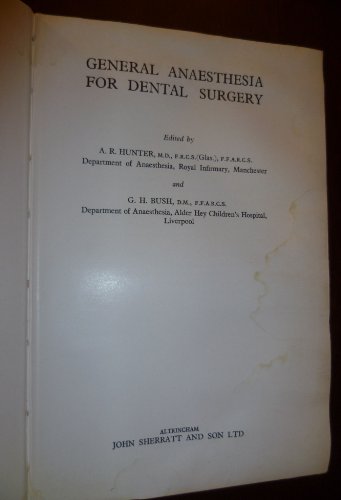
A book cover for General Anaesthesia for Dental Surgery; Medical Books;